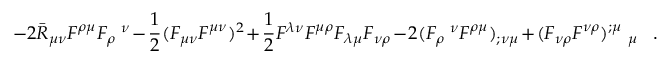
- 2 \bar { R } _ { \mu \nu } F ^ { \rho \mu } F _ { \rho } ~ ^ { \nu } - \frac 1 2 ( F _ { \mu \nu } F ^ { \mu \nu } ) ^ { 2 } + \frac 1 2 F ^ { \lambda \nu } F ^ { \mu \rho } F _ { \lambda \mu } F _ { \nu \rho } - 2 ( F _ { \rho } ~ ^ { \nu } F ^ { \rho \mu } ) _ { ; \nu \mu } + ( F _ { \nu \rho } F ^ { \nu \rho } ) ^ { ; \mu } ~ _ { \mu } ~ ~ ~ .